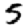
Digit: 5